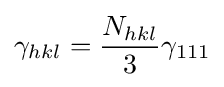
\gamma _{hkl}={\frac {N_{hkl}}{3}}\gamma _{111}